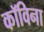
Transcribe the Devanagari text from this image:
कॉविना